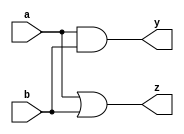
module continuous_assignment_example (
    input wire a,        // Input signal a
    input wire b,        // Input signal b
    output wire y,       // Output signal y
    output wire z        // Output signal z
);

// Continuous assignment for output y
assign y = a & b;      // y is the logical AND of a and b

// Continuous assignment for output z
assign z = a | b;      // z is the logical OR of a and b

endmodule